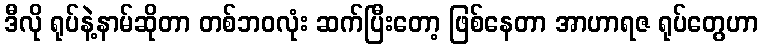
ဒီလို ရုပ်နဲ့နာမ်ဆိုတာ တစ်ဘဝလုံး ဆက်ပြီးတော့ ဖြစ်နေတာ အာဟာရဇ ရုပ်တွေဟာ